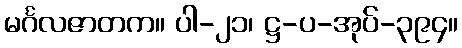
မင်္ဂလဇာတက။ ပါ-၂၁၊ ဋ္ဌ-ပ-အုပ်-၃၉၄။